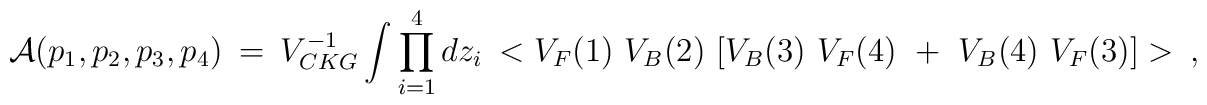
{\cal A}(p_1,p_2,p_3,p_4)~=~V_{CKG}^{-1}\int \prod_{i=1}^4 dz_i~< {V_F(1)~V_B(2)~[V_B(3)~V_F(4)~+~V_B(4)~V_F(3)]}>~,